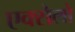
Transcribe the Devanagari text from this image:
एक्सेलो